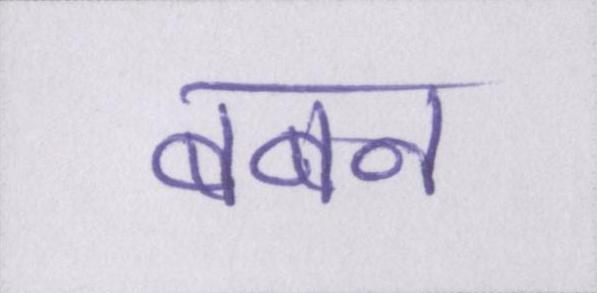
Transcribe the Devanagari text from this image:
बबन